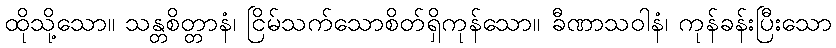
ထိုသို့သော။ သန္တစိတ္တာနံ၊ ငြိမ်သက်သောစိတ်ရှိကုန်သော။ ခီဏာသဝါနံ၊ ကုန်ခန်းပြီးသော